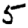
Digit: 5